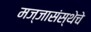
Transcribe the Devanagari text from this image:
मज्जासंस्थेचे